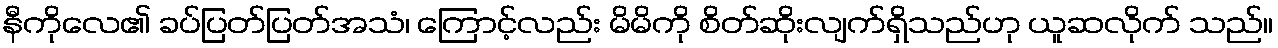
နီကိုလေ၏ ခပ်ပြတ်ပြတ်အသံ၊ ကြောင့်လည်း မိမိကို စိတ်ဆိုးလျက်ရှိသည်ဟု ယူဆလိုက် သည်။